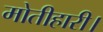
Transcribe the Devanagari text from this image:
मोतीहारी।